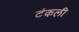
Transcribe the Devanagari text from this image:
टंकली